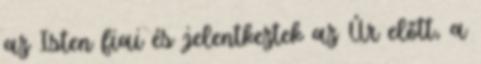
az Isten fiai és jelentkeztek az Úr előtt, a